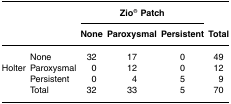
<table><thead><tr><td></td><td></td><td colspan="4"><b>Zio® Patch</b></td><td></td></tr><tr><td></td><td></td><td><b>None</b></td><td><b>Paroxysmal</b></td><td><b>Persistent</b></td><td><b>Total</b></td></tr></thead><tbody><tr><td></td><td>None</td><td>32</td><td>17</td><td>0</td><td>49</td></tr><tr><td>Holter</td><td>Paroxysmal</td><td>0</td><td>12</td><td>0</td><td>12</td></tr><tr><td></td><td>Persistent</td><td>0</td><td>4</td><td>5</td><td>9</td></tr><tr><td></td><td>Total</td><td>32</td><td>33</td><td>5</td><td>70</td></tr></tbody></table>